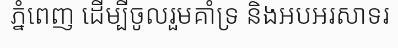
ភ្នំពេញ ដើម្បីចូលរួមគាំទ្រ និងអបអរសាទរ